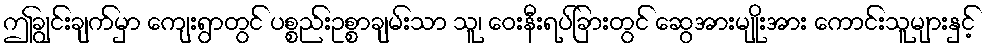
ဤချွင်းချက်မှာ ကျေးရွာတွင် ပစ္စည်းဥစ္စာချမ်းသာ သူ၊ ဝေးနီးရပ်ခြားတွင် ဆွေအားမျိုးအား ကောင်းသူများနှင့်